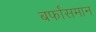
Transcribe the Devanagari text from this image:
बर्फांसमान